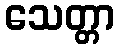
သေတ္တာ